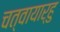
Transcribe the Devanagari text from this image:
चत्वायार्हु